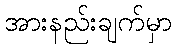
အားနည်းချက်မှာ